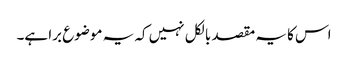
اس کا یہ مقصد بالکل نہیں کہ یہ موضوع برا ہے۔